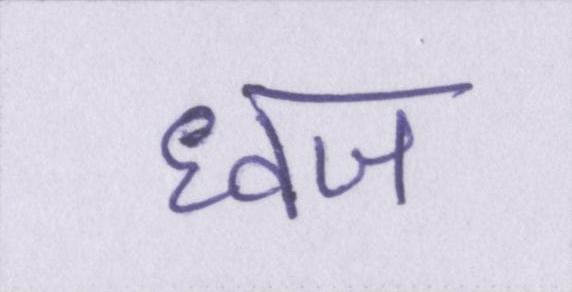
ध्वज